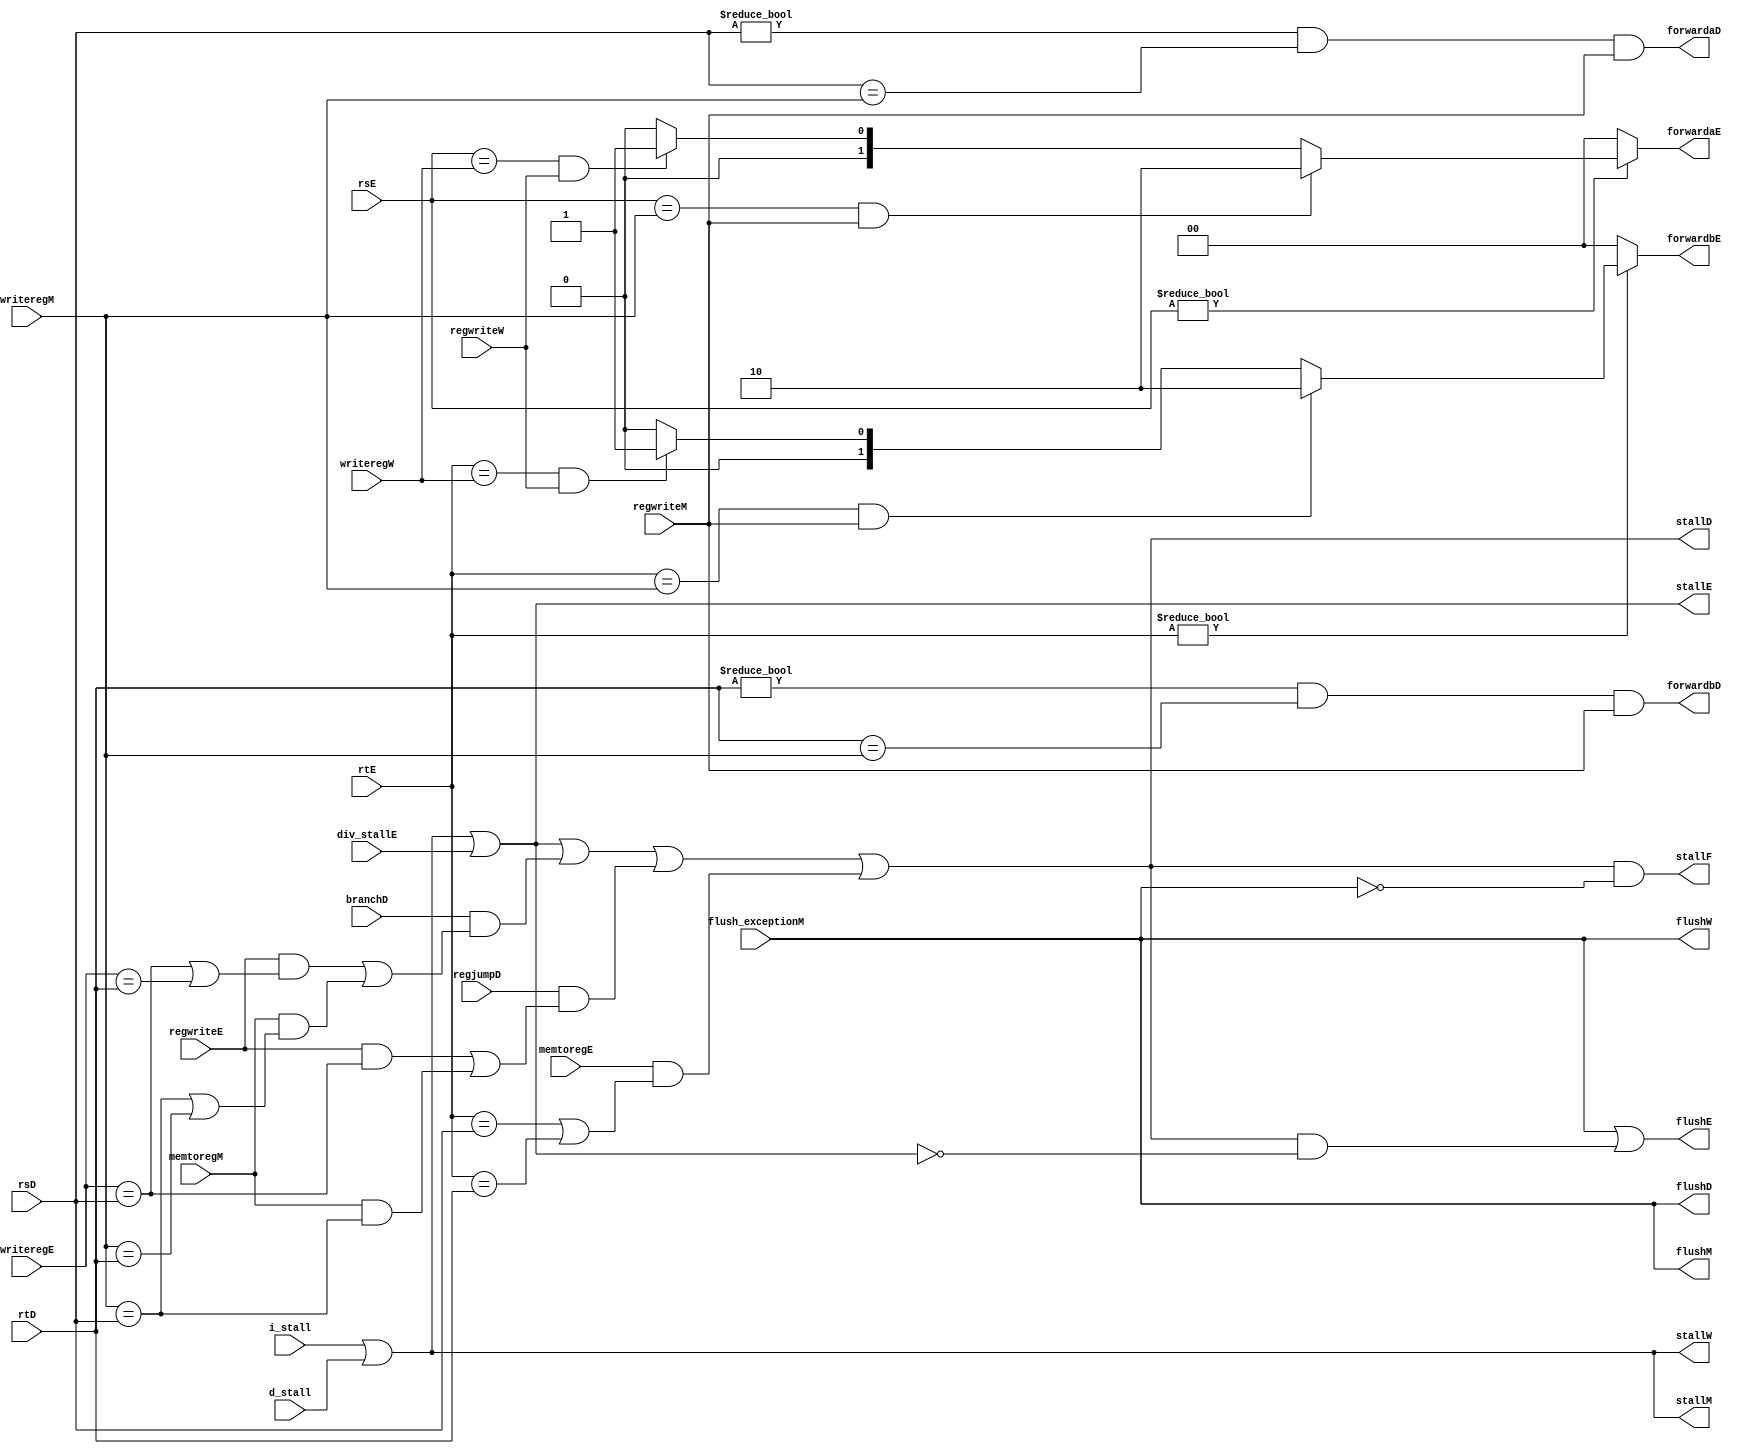
`timescale 1ns / 1ps
//////////////////////////////////////////////////////////////////////////////////
// Company: 
// Engineer: 
// 
// Design Name: 
// Module Name: hazard
// Project Name: 
// Target Devices: 
// Tool Versions: 
// Description: 
// 
// Dependencies: 
// 
// Revision:
// Revision 0.01 - File Created
// Additional Comments:
// 
//////////////////////////////////////////////////////////////////////////////////


module hazard (
    //fetch stage
    input wire i_stall,
    output wire stallF,
    //decode stage
    input wire [4:0] rsD,
    rtD,
    input wire branchD,
    regjumpD,
    output wire forwardaD,
    forwardbD,
    output wire stallD,
    output wire flushD,
    //execute stage
    input wire [4:0] rsE,
    rtE,
    input wire [4:0] writeregE,
    input wire regwriteE,
    input wire memtoregE,
    input wire div_stallE,
    output reg [1:0] forwardaE,
    forwardbE,
    output wire flushE,
    stallE,
    //mem stage
    input wire d_stall,
    input wire flush_exceptionM,
    input wire [4:0] writeregM,
    input wire regwriteM,
    input wire memtoregM,
    output wire flushM,
    output wire stallM,

    //write back stage
    input wire [4:0] writeregW,
    input wire regwriteW,
    output wire flushW,
    output wire stallW
);

  wire lwstallD, branchstallD, jumpstallD, longest_stall;

  //forwarding sources to D stage (branch equality or jump register)
  assign forwardaD = (rsD != 0 & rsD == writeregM & regwriteM);
  assign forwardbD = (rtD != 0 & rtD == writeregM & regwriteM);

  //forwarding sources to E stage (ALU)

  always @(*) begin
    forwardaE = 2'b00;
    forwardbE = 2'b00;
    if (rsE != 0) begin
      /* code */
      if (rsE == writeregM & regwriteM) begin
        /* code */
        forwardaE = 2'b10;
      end else if (rsE == writeregW & regwriteW) begin
        /* code */
        forwardaE = 2'b01;
      end
    end
    if (rtE != 0) begin
      /* code */
      if (rtE == writeregM & regwriteM) begin
        /* code */
        forwardbE = 2'b10;
      end else if (rtE == writeregW & regwriteW) begin
        /* code */
        forwardbE = 2'b01;
      end
    end
  end

  // stalls
  assign lwstallD = memtoregE & (rtE == rsD | rtE == rtD);
  assign branchstallD = branchD &
  			(regwriteE & 
  			(writeregE == rsD | writeregE == rtD) |
  			memtoregM &
  			(writeregM == rsD | writeregM == rtD));
  assign jumpstallD = regjumpD & ((regwriteE & writeregE == rsD) | (memtoregM & writeregM == rsD));


  assign longest_stall = i_stall | d_stall;
  assign stallF = stallD & ~flush_exceptionM;
  assign stallD = stallE | branchstallD | jumpstallD | lwstallD;
  assign stallE = stallM | div_stallE;
  assign stallM = stallW;
  assign stallW = longest_stall;


  assign flushD = flush_exceptionM;
  assign flushE = flush_exceptionM | (stallD & ~stallE);
  assign flushM = flush_exceptionM;
  assign flushW = flush_exceptionM;

endmodule